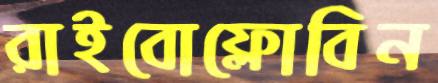
রাইবোফ্লোবিন